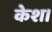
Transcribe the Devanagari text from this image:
केश।